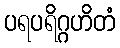
ပရပရိဂ္ဂဟိတံ